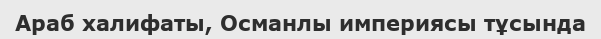
Араб халифаты, Османлы империясы тұсында